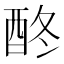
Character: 𨠌